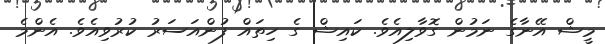
މީޝް އޭނާގެ ނަމުން ގޮވާލިއެވެ. ކައިޝް ގެ ހިތައް ފުންއަސަރު ކުރުވިއެވެ. އެންމެ